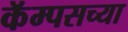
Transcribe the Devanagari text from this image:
कॅम्पसच्या